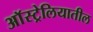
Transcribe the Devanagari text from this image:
अाॅस्ट्रेलियातील